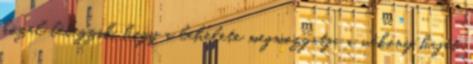
közel lélegzik, hogy a lehelete megmozgatja a vékony haját